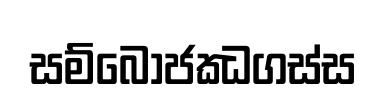
සම්බොජඣගස්ස